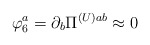
\begin{align*}\varphi_{6}^{a} = \partial_{b}\Pi^{(U) ab} \approx 0\end{align*}